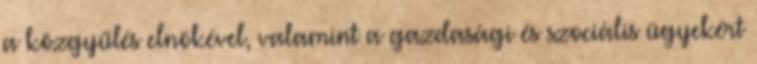
a közgyűlés elnökével, valamint a gazdasági és szociális ügyekért